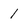
Character: 1